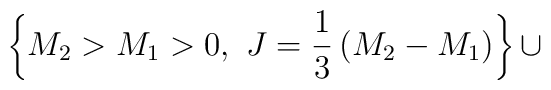
\left\{M_2>M_1> 0,~J={1\over 3}\left(M_2-M_1\right)\right\}\cup